Vaccination in the Punjab 1905-1918 - 1905-1918
Year: 1905
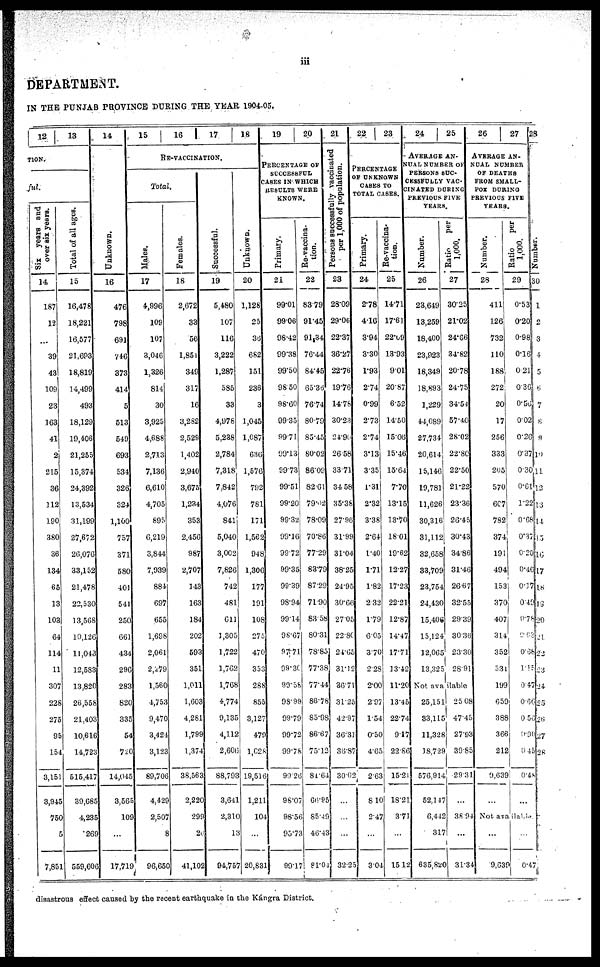
iii
DEPARTMENT.
IN THE PUNJAB PROVINCE DURING THE YEAR 1904.05.
12
TION.
ful.
Six years and
over six years.
14
187
12
...
39
43
109
23
163
41
2
215
36
112
190
380
36
134
65
13
103
64
114
11
307
228
275
95
154
3,151
3,945
750
5
7,851
13
Total of all ages.
15
16,478
18,221
16,577
21,693
18,819
14,499
493
18,129
19,406
21,255
15,374
24,392
13,534
31,199
27,672
26,076
33,152
21,478
22,530
13,568
10,126
11,043
12,583
13,820
26,558
21,403
10,616
14,723
515,417
39,685
4,235
269
559,606
14
Unknown.
16
476
798
691
746
373
414
5
513
549
693
534
326
324
1,100
757
371
580
401
541
250
661
434
296
283
820
335
54
720
14,045
3,565
109
...
17,719
15
16
17
18
RE-VACCINATION.
Total.
Males.
17
4,996
109
107
3,046
1,326
814
30
3,925
4,688
2,713
7,136
6,610
4,705
895
6,219
3,844
7,939
884
697
655
1,698
2,061
2,279
1,560
4,753
9,470
3,424
3,123
89,706
4,429
2,507
8
96,650
Females.
18
2,672
33
56
1,851
349
317
16
3,282
2,529
1,402
2,940
3,675
1,234
353
2,456
987
2,707
143
163
184
202
593
351
1,011
1,603
4,281
1,799
1,374
38,563
2,220
299
20
41,102
Successful.
19
5,480
107
116
3,222
1,287
585
33
4,978
5,238
2,784
7,318
7,842
4,076
841
5,040
3,002
7,826
742
481
611
1,305
1,722
1,762
1,768
4,774
9,135
4,112
2,606
88,793
3,641
2,310
13
94,757
Unknown.
20
1,128
25
36
682
151
236
3
1,045
1,087
636
1,576
792
781
171
1,562
948
1,306
177
191
108
275
470
353
288
855
3,127
479
1,028
19,516
1,211
104
...
20,831
19
20
PERCENTAGE OF
SUCCESSFUL
CASES IN WHICH
RESULTS WERE
KNOWN.
Primary.
21
99.01
99.06
98.42
99.38
99.50
98.50
98.60
99.35
99.71
09.13
99.73
99.51
99.20
99.32
99.16
99.72
99.35
99.39
98.94
99.14
98.67
97.71
99.30
99.58
98.99
99.79
99.72
99.78
99.26
98.07
98.56
95.73
99.17
Re-vaccina-
tion.
22
83.79
91.45
91.34
76.44
84.45
65.36
76.74
80.79
85.45
80.02
86.09
82.61
79.02
78.09
70.86
77.29
83.79
87.29
71.90
83.58
80.31
78.85
77.38
77.44
86.78
85.98
86.67
75.12
81.64
66.95
85.49
46.43
81.04
21
Persons successfully vaccinated
per 1,000 of population.
23
28.09
29.06
22.37
36.27
22.76
19.76
14.78
38.23
27.90
26.58
33.71
34.58
35.36
27.96
31.99
31.04
38.25
24.95
30.66
27.05
22.80
24.65
31.12
36.71
31.25
42.97
36.31
36.87
30.02
...
...
...
32.25
22
23
PERCENTAGE
OF UNKNOWN
CASES TO
TOTAL CASES.
Primary.
24
2.78
4.16
3.94
3.30
1.93
2.74
0.99
2.73
2.74
3.13
3.35
1.31
2.32
3.38
2.64
1.40
1.71
1.82
2.32
1.79
6.05
3.70
2.28
2.00
2.97
1.54
0.50
4.65
2.63
8.10
2.47
...
3.04
Re-vacoina-
tion.
25
14.71
17.61
22.09
13.93
9.01
20.87
6.52
14.50
15.06
15.46
15.64
7.70
13.15
13.70
18.01
19.62
12.27
17.23
22.21
12.87
14.47
17.71
13.42
11.20
13.45
22.74
9.17
22.86
15.21
18.21
3.71
...
15.12
24
25
AVERAGE AN-
NUAL NUMBER OF
PERSONS SUC-
CESSFULLY VAC-
CINATED DURING
PREVIOUS FIVE
YEARS.
Number.
26
23,649
13,259
18,400
23,923
18,349
18,893
1,229
44,089
27,734
20,614
15,146
19,781
11,626
30,316
31,112
32,658
33,709
23,754
24,430
15,406
15,124
12,065
13,325
Ratio
per
1,000.
27
30.25
21.02
24.66
34.82
20.78
24.75
34.54
57.40
28.02
22.80
22.50
21.22
23.36
26.45
30.43
34.86
31.46
26.67
32.55
29.39
30.36
23.30
28.91
not available
25,151
33,115
11,328
18,729
576,914
52,147
6,442
317
635,820
25 08
47.45
27.93
39.85
29.31
...
38.94
...
31.34
26
27
AVERAGE AN-
---- NUMBER
OF DEATHS
FROM SMALL-
POX DURING
PREVIOUS FIVE
YEARS.
Number.
28
411
126
732
110
188
272
20
17
256
333
205
570
607
782
374
191
494
153
370
407
314
352
531
199
659
388
366
212
9,639
...
Ratio
per
1,000.
29
0.53
0.20
0.98
0.16
0.21
0.36
0.56
0.02
0.26
0.37
0.30
0.61
1.22
0.68
0.37
0.20
0.46
0.17
0.49
0.78
0.63
0.68
1.15
0.47
0.66
0.56
0.90
0.45
0.48
...
Not available.
...
9,639
0.47
28
Number.
30
1
2
3
4
5
6
7
8
9
10
11
12
13
14
15
16
17
18
19
20
21.
22
23
24
25
26
27
28
disastrous effect caused by the recent earthquake in the Kángra District.